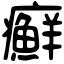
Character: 癬